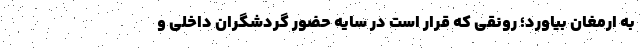
به ارمغان بیاورد؛ رونقی که قرار است در سایه حضور گردشگران داخلی و